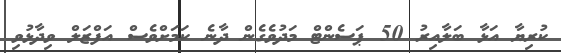
ކުރިޔާ އަޅާ ބަލާއިރު 50 ޕަސެންޓް މަދުވެގެން ދާނެ ކަމަށްވެސް އަފްޒަލް ވިދާޅުވި